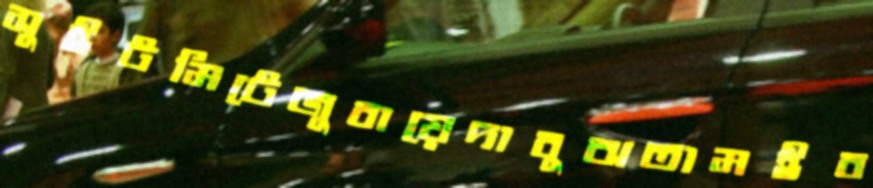
সুইটমিটেজুবায়েদাবুঝতামইব